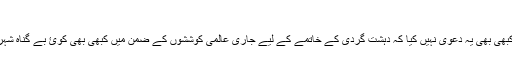
​
امريکی حکومت نے کبھی بھی يہ دعوی نہيں کيا کہ دہشت گردی کے خاتمے کے ليے جاری عالمی کوششوں کے ضمن میں کبھی بھی کوئ بے گناہ شہری ہلاک نہيں ہوا ہے۔